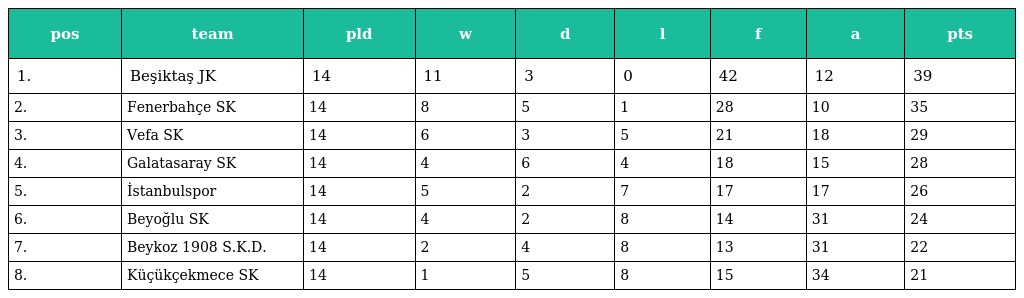
| pos | team | pld | w | d | l | f | a | pts |
 | --- | --- | --- | --- | --- | --- | --- | --- | --- |
 | 1. | Beşiktaş JK | 14 | 11 | 3 | 0 | 42 | 12 | 39 |
 | 2. | Fenerbahçe SK | 14 | 8 | 5 | 1 | 28 | 10 | 35 |
 | 3. | Vefa SK | 14 | 6 | 3 | 5 | 21 | 18 | 29 |
 | 4. | Galatasaray SK | 14 | 4 | 6 | 4 | 18 | 15 | 28 |
 | 5. | İstanbulspor | 14 | 5 | 2 | 7 | 17 | 17 | 26 |
 | 6. | Beyoğlu SK | 14 | 4 | 2 | 8 | 14 | 31 | 24 |
 | 7. | Beykoz 1908 S.K.D. | 14 | 2 | 4 | 8 | 13 | 31 | 22 |
 | 8. | Küçükçekmece SK | 14 | 1 | 5 | 8 | 15 | 34 | 21 |